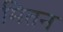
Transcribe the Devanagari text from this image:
मितन